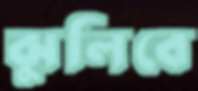
ঝুলিবে